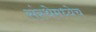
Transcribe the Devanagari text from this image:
संस्थेमध्येच